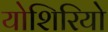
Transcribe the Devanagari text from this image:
योशिरियो